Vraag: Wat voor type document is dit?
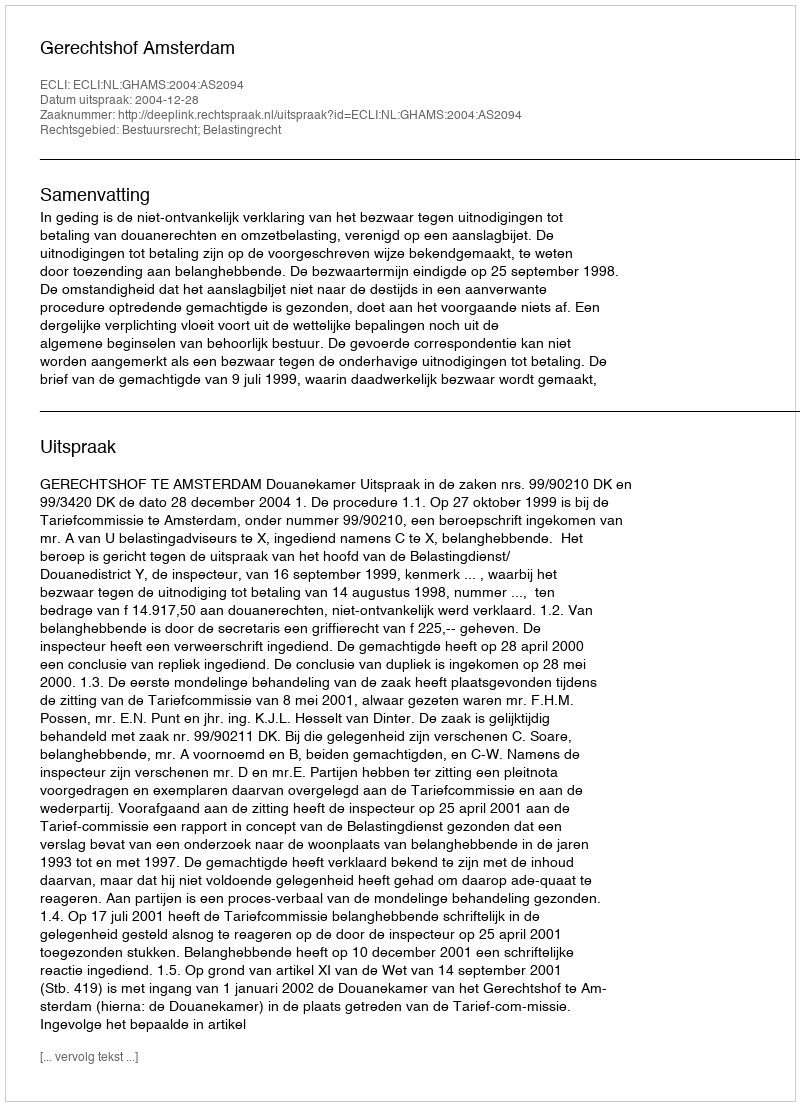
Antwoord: Uitspraak